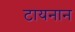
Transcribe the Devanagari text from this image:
टायनान